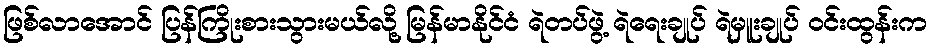
ဖြစ်လာအောင် ပြန်ကြိုးစားသွားမယ်လို့ မြန်မာနိုင်ငံ ရဲတပ်ဖွဲ့ ရဲရေးချုပ် ရဲမှူးချုပ် ဝင်းထွန်းက